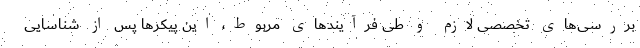
بررسی‌های تخصصی لازم و طی فرآيندهای مربوط، اين پيكرها پس از شناسايی